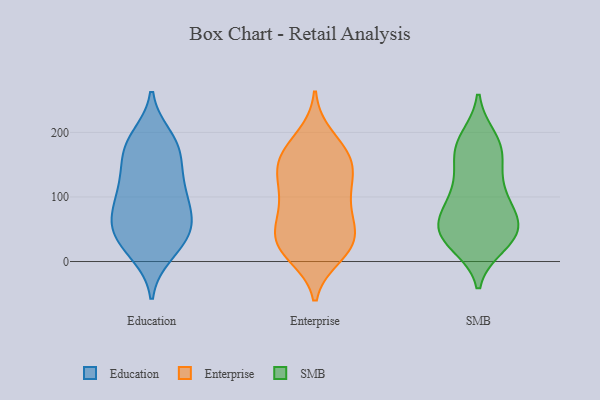
{"axis": {"x": "Net Income (USD K)", "y": "Value"}, "legend": ["Education", "Enterprise", "SMB"], "data": [{"x": "", "y": 120, "type": "Education"}, {"x": "", "y": 160, "type": "Education"}, {"x": "", "y": 50, "type": "Education"}, {"x": "", "y": 53, "type": "Education"}, {"x": "", "y": 104, "type": "Education"}, {"x": "", "y": 127, "type": "Education"}, {"x": "", "y": 70, "type": "Education"}, {"x": "", "y": 192, "type": "Education"}, {"x": "", "y": 176, "type": "Education"}, {"x": "", "y": 69, "type": "Education"}, {"x": "", "y": 46, "type": "Education"}, {"x": "", "y": 31, "type": "Education"}, {"x": "", "y": 21, "type": "Education"}, {"x": "", "y": 81, "type": "Education"}, {"x": "", "y": 171, "type": "Education"}, {"x": "", "y": 186, "type": "Education"}, {"x": "", "y": 13, "type": "Education"}, {"x": "", "y": 111, "type": "Education"}, {"x": "", "y": 22, "type": "Enterprise"}, {"x": "", "y": 149, "type": "Enterprise"}, {"x": "", "y": 42, "type": "Enterprise"}, {"x": "", "y": 142, "type": "Enterprise"}, {"x": "", "y": 102, "type": "Enterprise"}, {"x": "", "y": 163, "type": "Enterprise"}, {"x": "", "y": 193, "type": "Enterprise"}, {"x": "", "y": 134, "type": "Enterprise"}, {"x": "", "y": 165, "type": "Enterprise"}, {"x": "", "y": 18, "type": "Enterprise"}, {"x": "", "y": 137, "type": "Enterprise"}, {"x": "", "y": 98, "type": "Enterprise"}, {"x": "", "y": 93, "type": "Enterprise"}, {"x": "", "y": 22, "type": "Enterprise"}, {"x": "", "y": 177, "type": "Enterprise"}, {"x": "", "y": 36, "type": "Enterprise"}, {"x": "", "y": 64, "type": "Enterprise"}, {"x": "", "y": 10, "type": "Enterprise"}, {"x": "", "y": 38, "type": "Enterprise"}, {"x": "", "y": 70, "type": "Enterprise"}, {"x": "", "y": 36, "type": "SMB"}, {"x": "", "y": 108, "type": "SMB"}, {"x": "", "y": 36, "type": "SMB"}, {"x": "", "y": 45, "type": "SMB"}, {"x": "", "y": 67, "type": "SMB"}, {"x": "", "y": 50, "type": "SMB"}, {"x": "", "y": 81, "type": "SMB"}, {"x": "", "y": 43, "type": "SMB"}, {"x": "", "y": 47, "type": "SMB"}, {"x": "", "y": 190, "type": "SMB"}, {"x": "", "y": 81, "type": "SMB"}, {"x": "", "y": 173, "type": "SMB"}, {"x": "", "y": 173, "type": "SMB"}, {"x": "", "y": 129, "type": "SMB"}, {"x": "", "y": 27, "type": "SMB"}, {"x": "", "y": 103, "type": "SMB"}, {"x": "", "y": 183, "type": "SMB"}, {"x": "", "y": 158, "type": "SMB"}]}